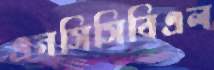
এনসিসিবিএল